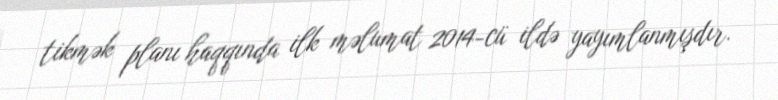
tikmək planı haqqında ilk məlumat 2014-cü ildə yayımlanmışdır.